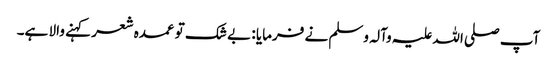
آپ صلی اللہ علیہ وآلہ وسلم نے فرمایا : بے شک تو عمدہ شعر کہنے والا ہے۔